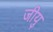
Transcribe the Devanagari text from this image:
जीयु